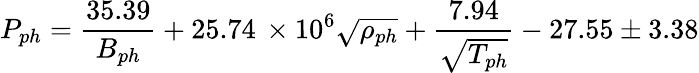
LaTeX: P_{ph}=\frac{35.39}{B_{ph}}+25.74\, \times 10^{6}\sqrt{\rho_{ph}}+\frac{7.94}{\sqrt{T_{ph}}}-27.55\pm 3.38